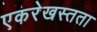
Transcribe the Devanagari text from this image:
एकरेखस्तता